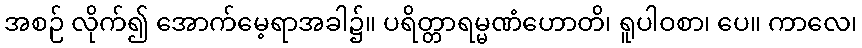
အစဉ် လိုက်၍ အောက်မေ့ရာအခါ၌။ ပရိတ္တာရမ္မဏံဟောတိ၊ ရူပါဝစာ၊ ပေ။ ကာလေ၊